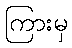
ကြားမှ